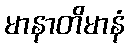
မာနာတိမာနံ